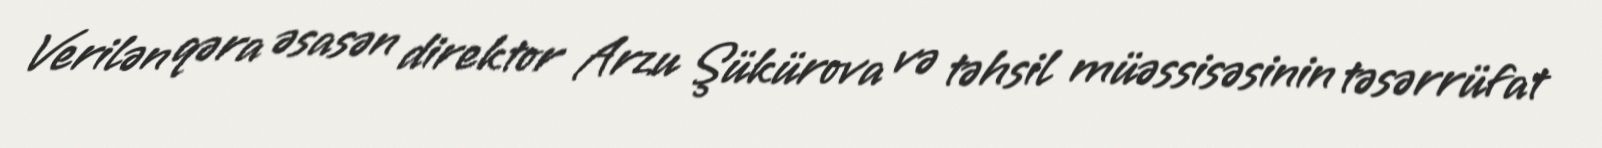
Verilən qəra əsasən direktor Arzu Şükürova və təhsil müəssisəsinin təsərrüfat